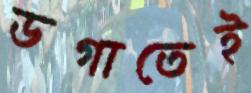
ডগাতেই